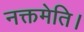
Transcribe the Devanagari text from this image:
नक्तमेति।